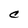
Character: C